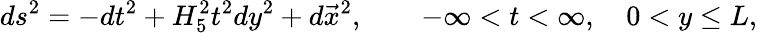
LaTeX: ds^{2}=-dt^{2}+H_{5}^{2}t^{2}dy^{2}+d\vec{x}^{2},\qquad-\infty<t<\infty,\quad 0<y\leq L,